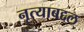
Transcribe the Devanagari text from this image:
नृत्याबद्दल